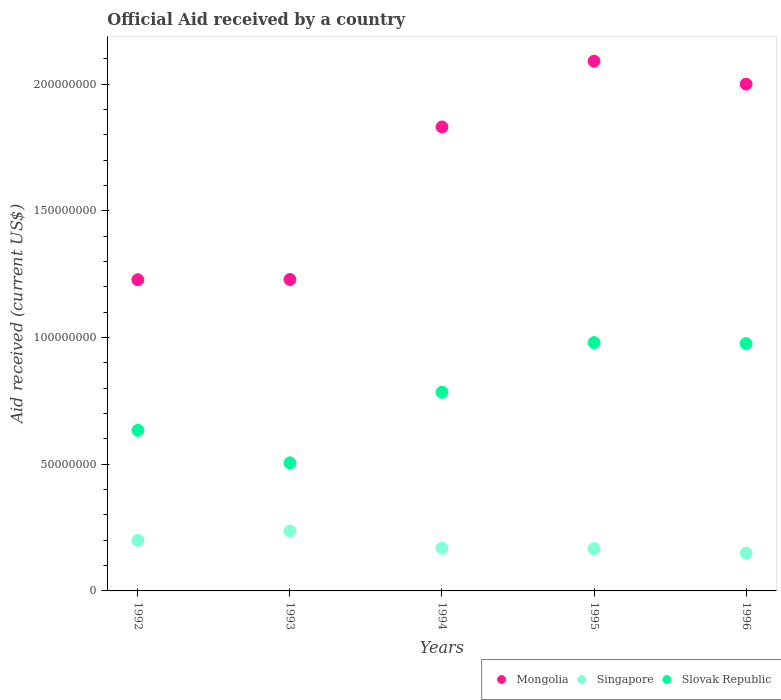
| Years | Mongolia | Singapore | Slovak Republic |
 | --- | --- | --- | --- |
 | 1992 | 1.23e+08 | 1.99e+07 | 6.34e+07 |
 | 1993 | 1.23e+08 | 2.36e+07 | 5.05e+07 |
 | 1994 | 1.83e+08 | 1.69e+07 | 7.84e+07 |
 | 1995 | 2.09e+08 | 1.67e+07 | 9.8e+07 |
 | 1996 | 2e+08 | 1.49e+07 | 9.76e+07 |